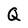
Character: Q